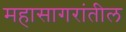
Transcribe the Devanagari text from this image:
महासागरांतील